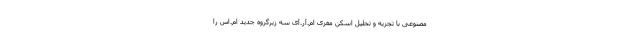
مصنوعی با تجزیه و تحلیل اسکن مغزی ام.آر.آی سه زیرگروه جدید ام.اس را